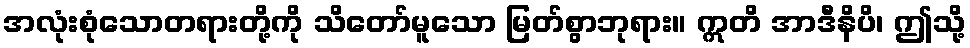
အလုံးစုံသောတရားတို့ကို သိတော်မူသော မြတ်စွာဘုရား။ ဣတိ အာဒီနိပိ၊ ဤသို့